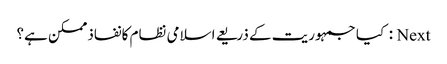
Next : کیا جمہوریت کے ذریعے اسلامی نظام کانفاذممکن ہے؟